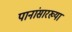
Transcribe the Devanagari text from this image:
पानांसारख्या